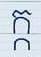
ក្ក